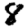
Digit: 8